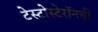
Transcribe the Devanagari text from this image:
टेस्टोस्टेरॉनची